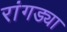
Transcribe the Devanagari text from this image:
रांगड्या